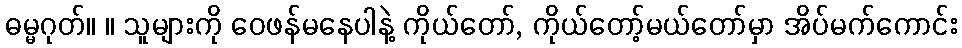
ဓမ္မဂုတ်။ ။ သူများကို ဝေဖန်မနေပါနဲ့ ကိုယ်တော်, ကိုယ်တော့်မယ်တော်မှာ အိပ်မက်ကောင်း